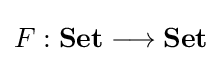
F:\mathbf {Set} \longrightarrow \mathbf {Set}